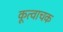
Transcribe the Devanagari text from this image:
कूत्वाचक